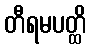
တီရမပတ္ထိ